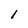
Character: I